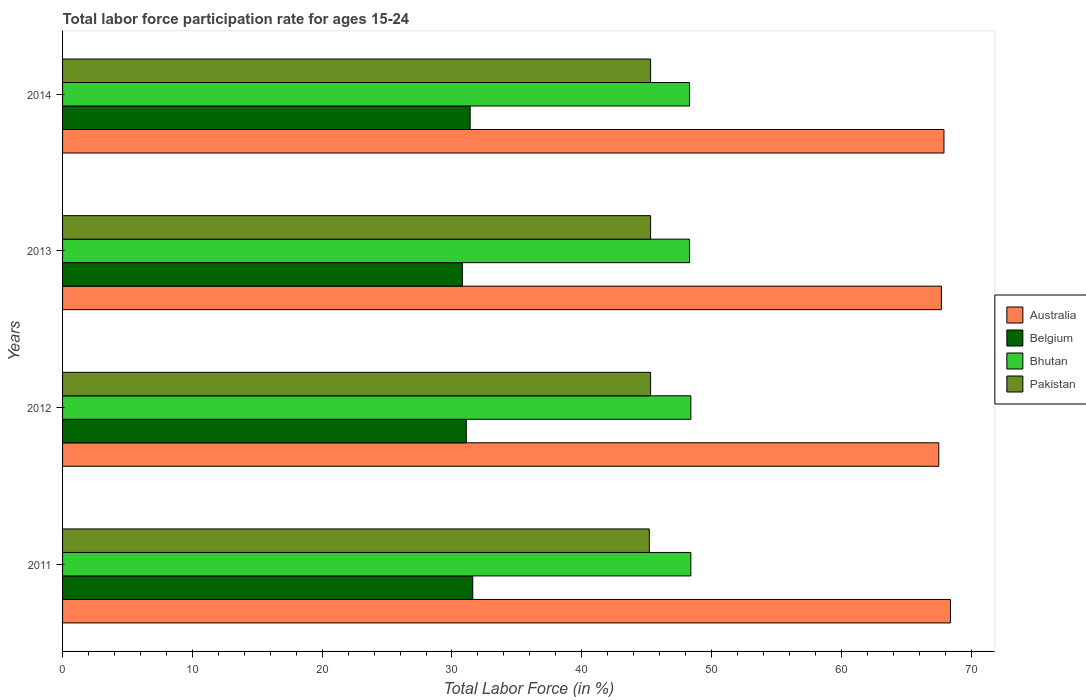
| Years | Australia | Belgium | Bhutan | Pakistan |
 | --- | --- | --- | --- | --- |
 | 2011 | 68.4 | 31.6 | 48.4 | 45.2 |
 | 2012 | 67.5 | 31.1 | 48.4 | 45.3 |
 | 2013 | 67.7 | 30.8 | 48.3 | 45.3 |
 | 2014 | 67.9 | 31.4 | 48.3 | 45.3 |